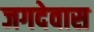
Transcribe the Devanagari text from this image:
जगदेवास